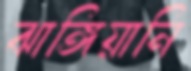
ঝাঙ্গিয়ানি